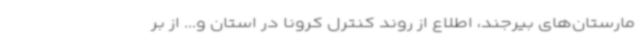
مارستان‌های بیرجند، اطلاع از روند کنترل کرونا در استان و... از بر